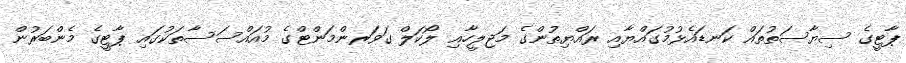
ޕާޓީގެ ސިޔާސަތުތައް ކަނޑައެޅުމުގައްޔާއި ރައްޔިތުންގެ މަޖިލީހާއި ލޯކަލް ގަވަރންމަންޓްގެ މުއައްސަސާތަކުގައި ޕާޓީގެ މެންބަރުން